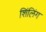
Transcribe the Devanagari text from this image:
शिंलिंग